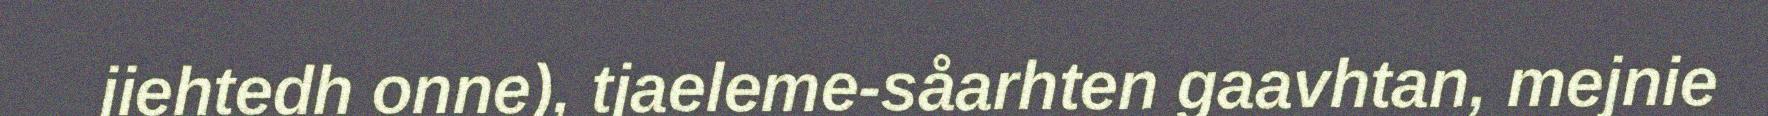
jiehtedh onne), tjaeleme-såarhten gaavhtan, mejnie